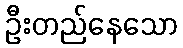
ဦးတည်နေသော